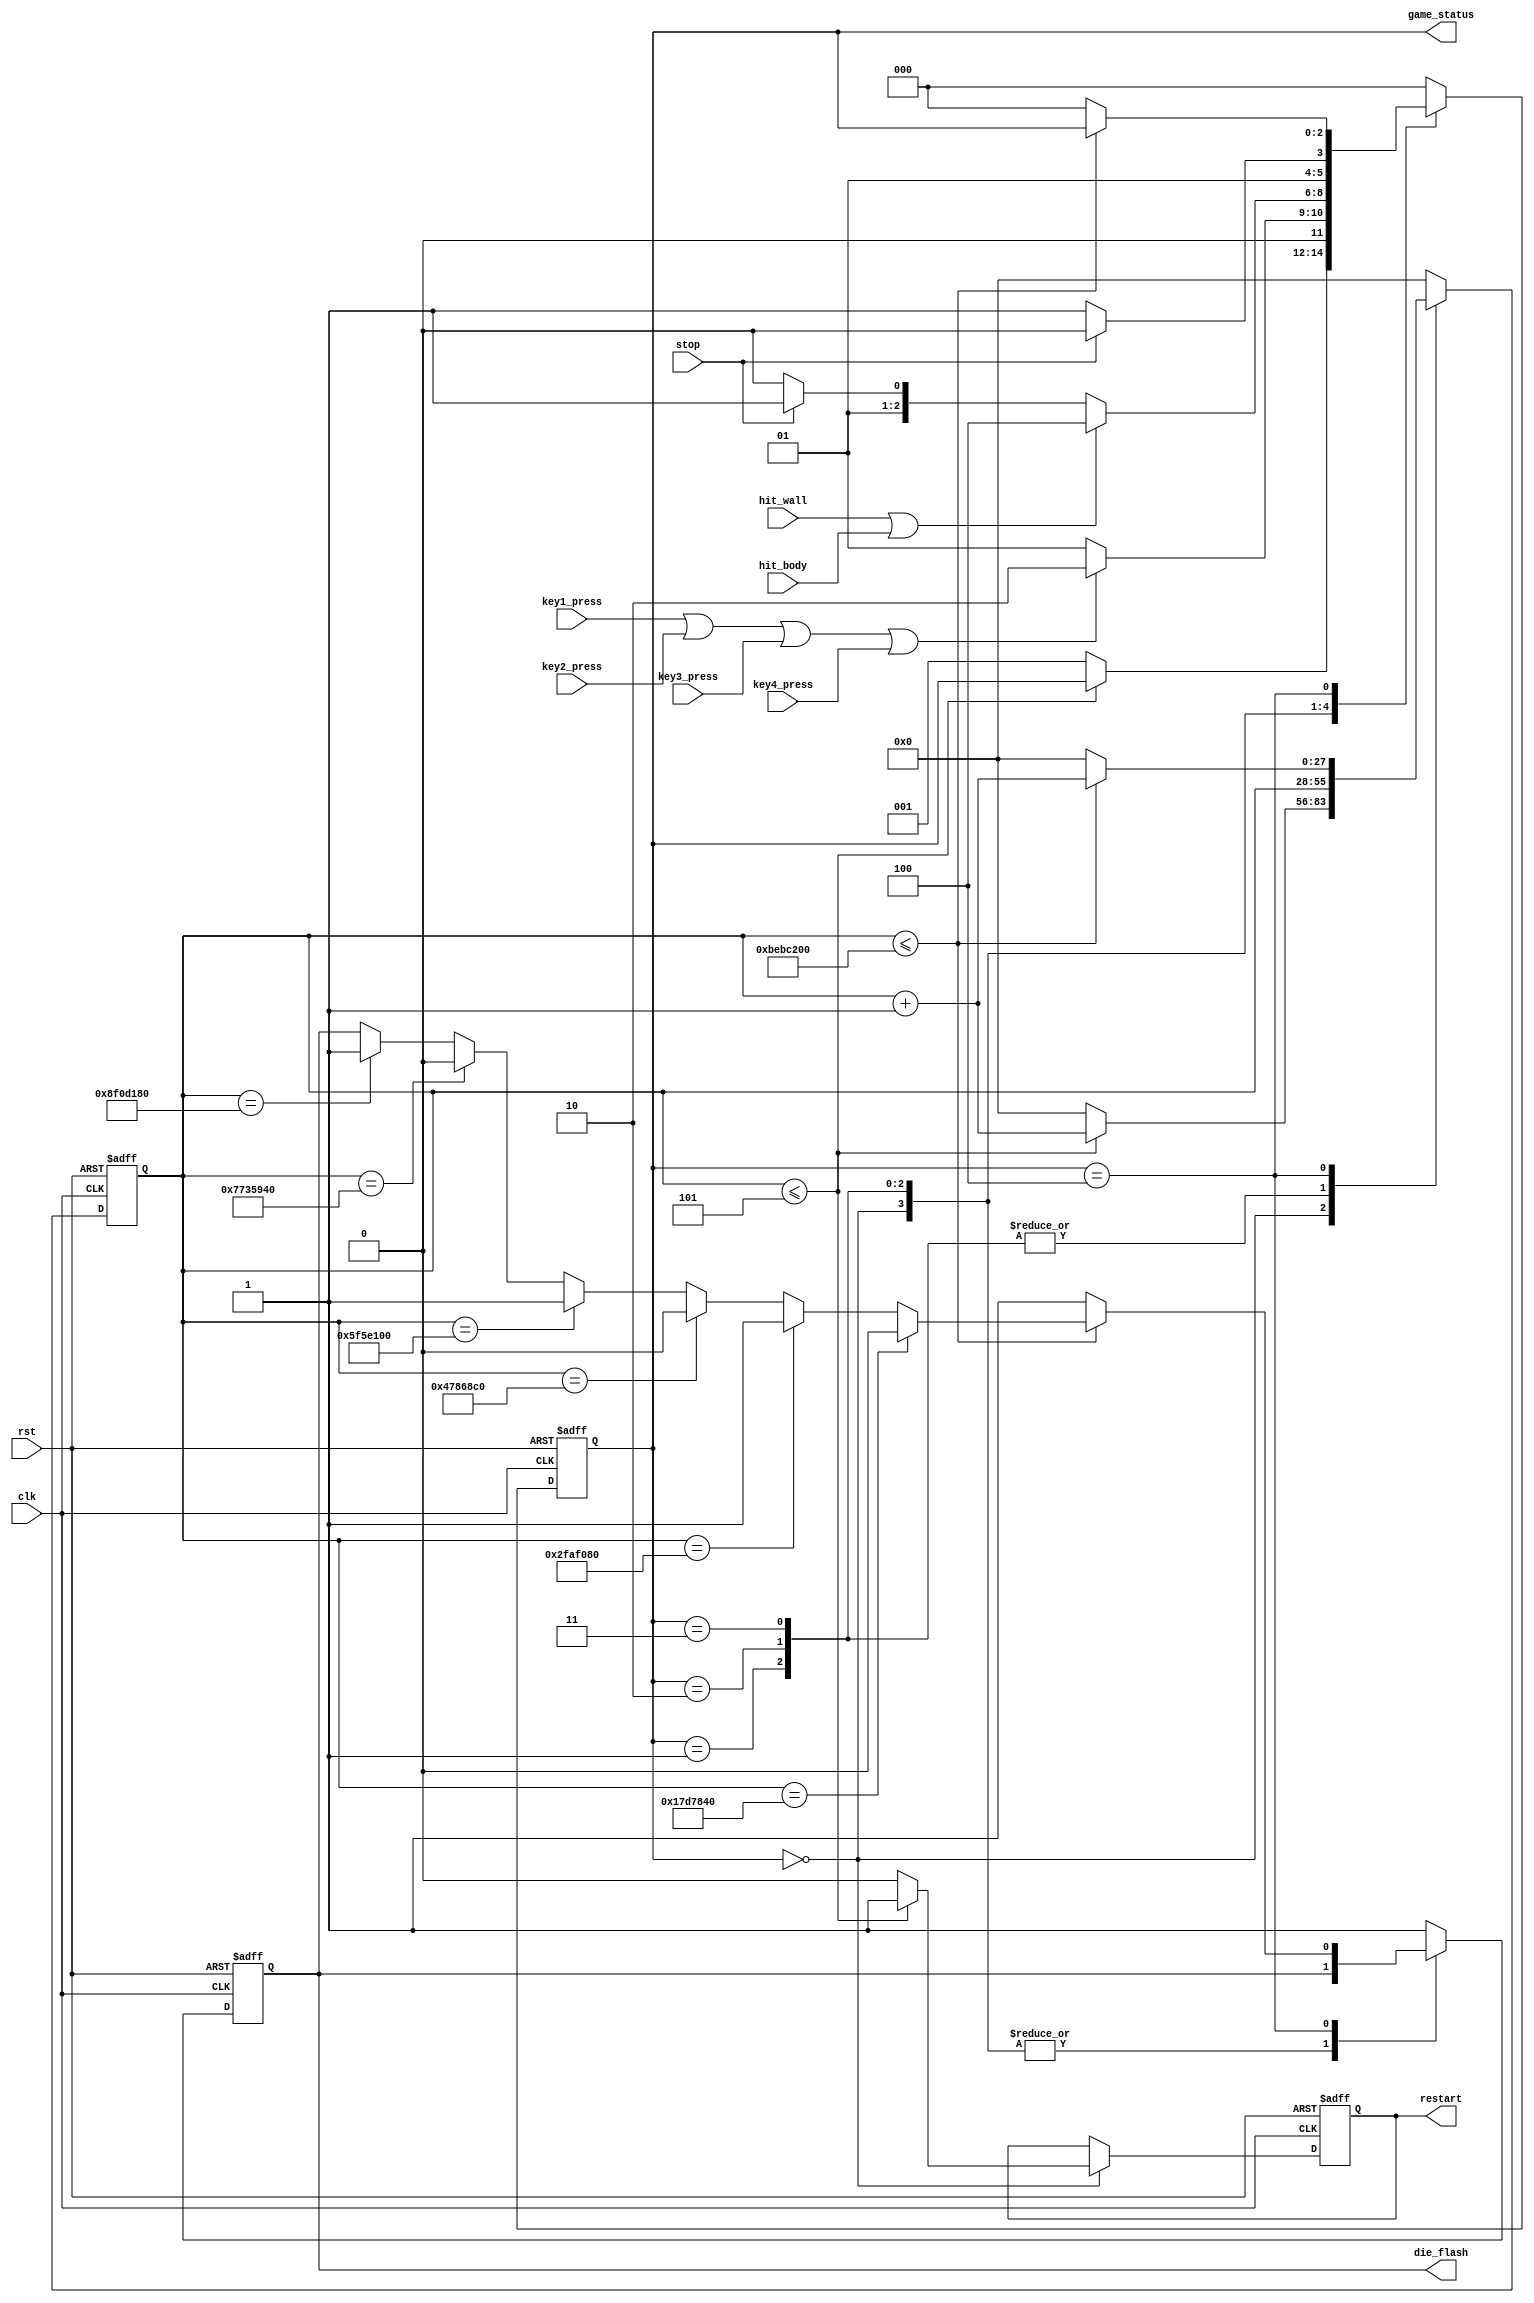
module Game_Ctrl_Unit
(
	input clk,
	input rst,
	input stop,
	input key1_press,
	input key2_press,
	input key3_press,
	input key4_press,
	
	output reg [2:0]game_status,
	input hit_wall,
	input hit_body,
	output reg die_flash,
	output reg restart		
);
	
	parameter RESTART = 3'b000;
	parameter START = 3'b001;
	parameter PLAY = 3'b010;
	parameter WAIT = 3'b011;
	parameter DIE = 3'b100;
	
	reg [27:0] clk_cnt;
	
	always@(posedge clk or negedge rst)
	begin
		if(!rst) begin
			game_status <= START;
			clk_cnt <= 28'd0;
			die_flash <= 1'b1;
			restart <= 1'b0;
		end
		else begin
			case(game_status)			
				RESTART:begin 
					if(clk_cnt <= 5) begin
						clk_cnt <= clk_cnt + 28'd1;
						restart <= 1'b1;						
					end
					else begin
						game_status <= START;
						clk_cnt <= 28'd0;
						restart <= 1'b0;
					end
				end
				START:begin
					if (key1_press || key2_press || key3_press || key4_press)
                        game_status <= PLAY;
					else 
					    game_status <= START;
				end
				PLAY:begin
					if(hit_wall || hit_body)
					   game_status <= DIE;
					else if(stop)
					   game_status <= WAIT;
					else
					   game_status <= PLAY;
				end
				WAIT:begin
				    if(stop)
				        game_status <= PLAY;
				    else
				        game_status <= WAIT;
				end					
				DIE:begin
					if(clk_cnt <= 28'd200_000_000) begin
						clk_cnt <= clk_cnt + 1'b1;
					   if(clk_cnt == 28'd25_000_000)
					       die_flash <= 1'b0;
					   else if(clk_cnt == 28'd50_000_000)
					       die_flash <= 1'b1;
					   else if(clk_cnt == 28'd75_000_000)
					       die_flash <= 1'b0;
					   else if(clk_cnt == 28'd100_000_000)
					       die_flash <= 1'b1;
					   else if(clk_cnt == 28'd125_000_000)
					       die_flash <= 1'b0;
					   else if(clk_cnt == 28'd150_000_000)
					       die_flash <= 1'b1;
				    end                    
					else begin
							die_flash <= 1'b1;
							clk_cnt <= 28'd0;
							game_status <= RESTART;
					end
				end
				default:begin
				    die_flash <= 1'b1;
                    clk_cnt <= 28'd0;
                    game_status <= RESTART;
				end
			endcase
		end
	end
endmodule